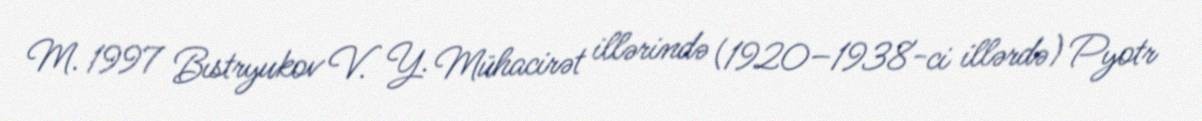
M. 1997 Bıstryukov V. Y. Mühacirət illərində (1920–1938-ci illərdə) Pyotr